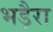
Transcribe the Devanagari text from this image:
भड़ैरा